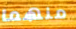
منهما